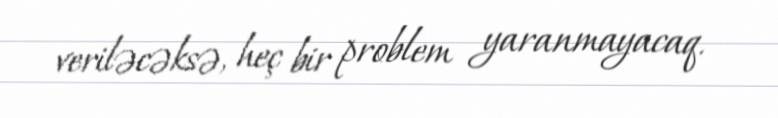
veriləcəksə, heç bir problem yaranmayacaq.